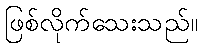
ဖြစ်လိုက်သေးသည်။